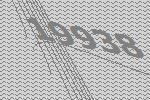
19938